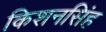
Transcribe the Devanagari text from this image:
किशनसिंह